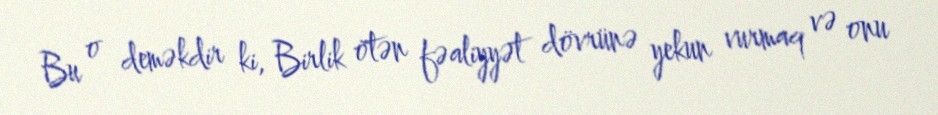
Bu o deməkdir ki, Birlik ötən fəaliyyət dövrünə yekun vurmaq və onu